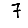
Digit: 7